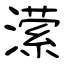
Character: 潆